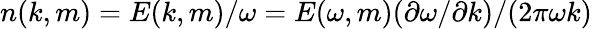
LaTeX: n(k,m)=E(k,m)/\omega=E(\omega,m)(\partial\omega/\partial k)/(2\pi\omega k)